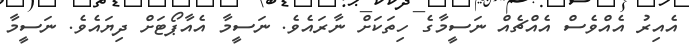
އެއިރު އެއްވެސް އެއްޗެއް ނަސީމާގެ ހިތަކަށް ނާރައެވެ. ނަސީމާ އެއާޕޯޓަށް ދިޔައެވެ. ނަސީމާ